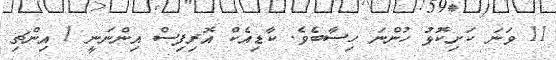
11 ވަނަ ކަށިކޮޅު ހުންނަ ހިސާބެވެ. ކާޑިއެކް އޮރިފިސް އިންނަނީ 1 އިންޗި